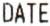
DATE